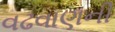
વઢવાણની